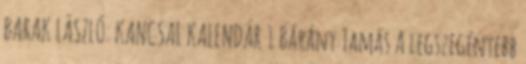
BARAK LÁSZLÓ: KANCSAL KALENDÁR 1 Bárány Tamás A legszegényebb